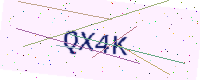
Text: QX4K